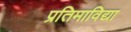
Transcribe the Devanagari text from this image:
प्रतिमाविद्या